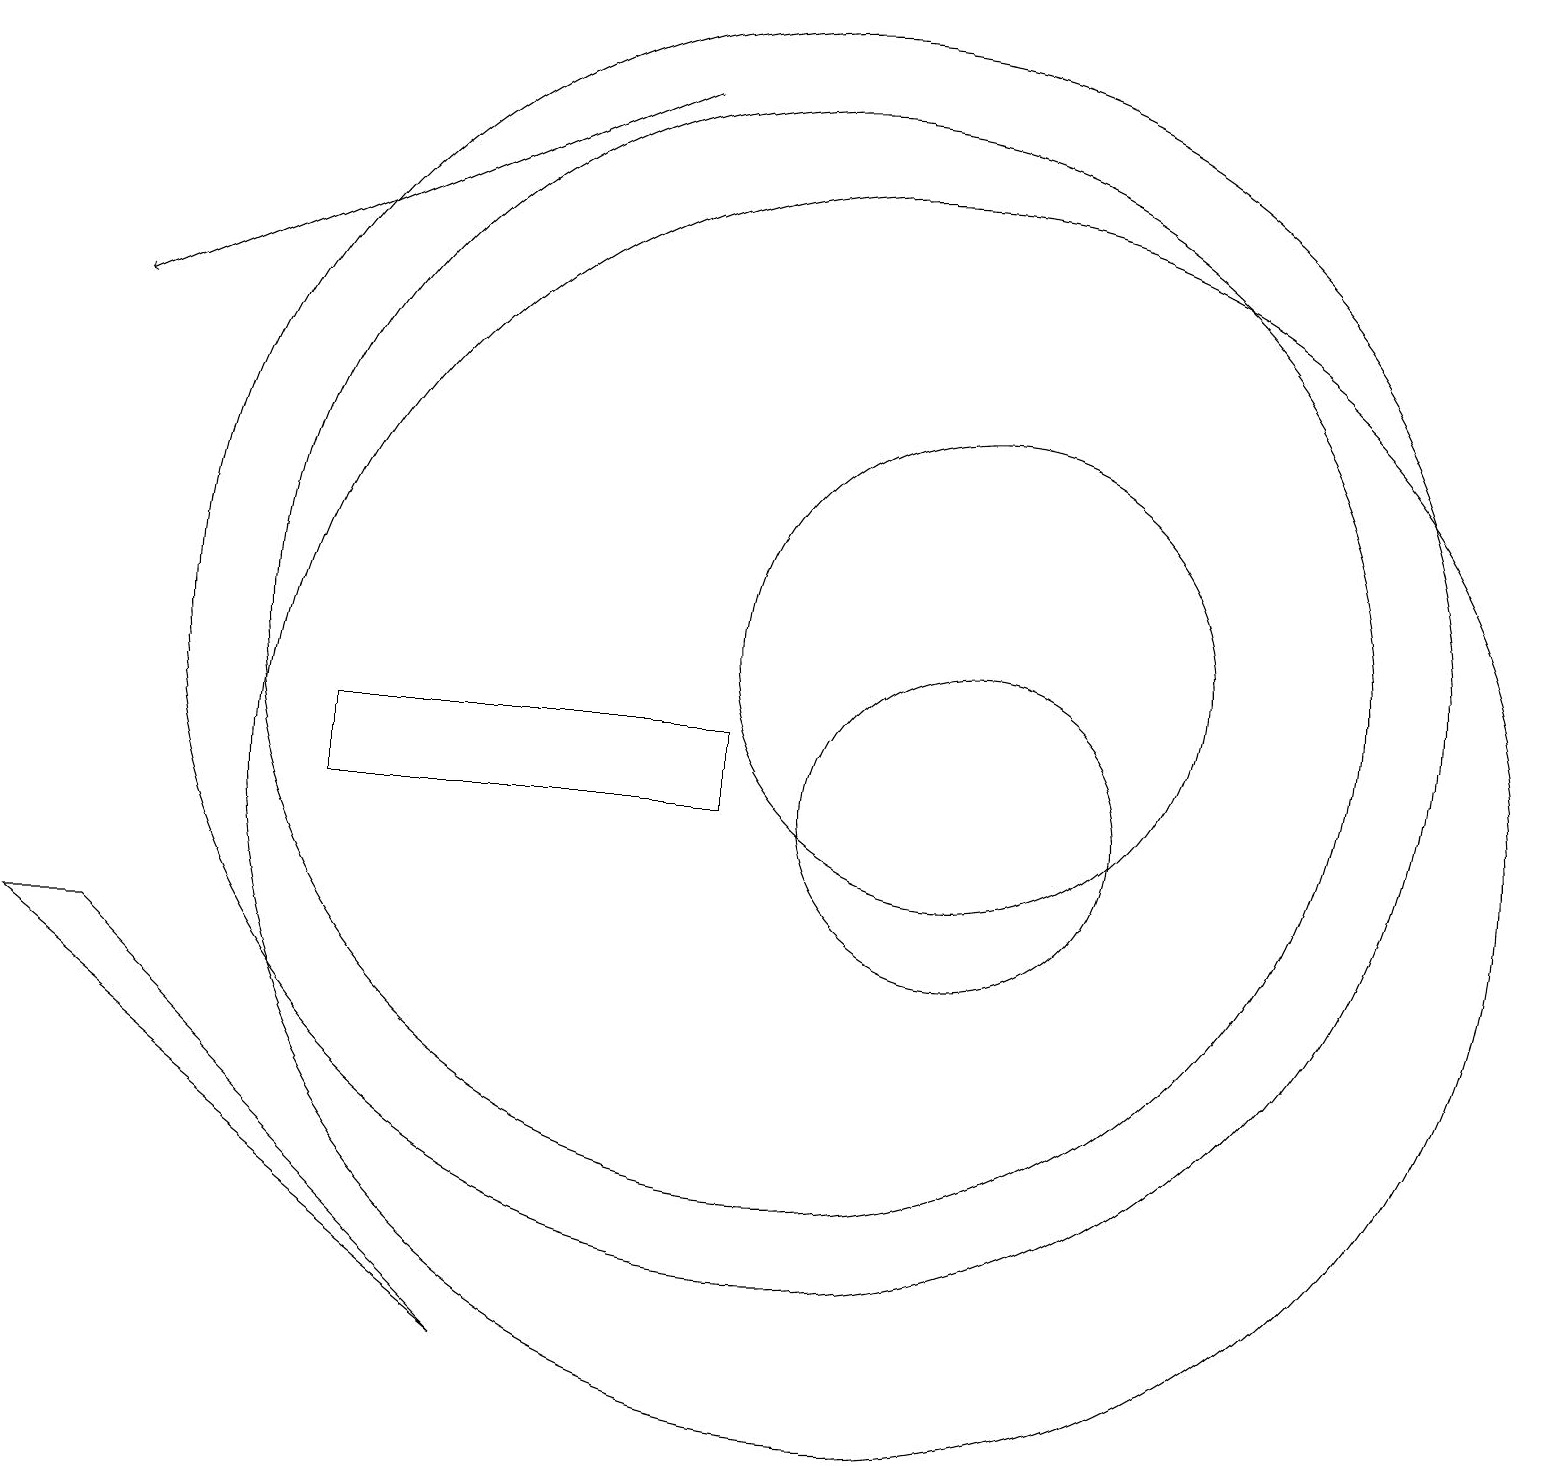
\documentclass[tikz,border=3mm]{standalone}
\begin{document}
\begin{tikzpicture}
\draw (4,11) rectangle (9,10);
\draw (12,10) circle (2);
\draw[->] (8,19) -- (1,16);
\draw (12,12) circle (3);
\draw (10,12) circle (8);
\draw (11,10) circle (8);
\draw (10,12) circle (7);
\draw (6,3) -- (1,8) -- (0,8) -- cycle;
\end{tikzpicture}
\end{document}